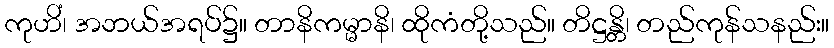
ကုဟိံ၊ အဘယ်အရပ်၌။ တာနိကမ္မာနိ၊ ထိုကံတို့သည်။ တိဋ္ဌန္တိ၊ တည်ကုန်သနည်း။